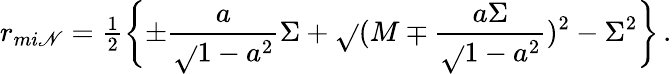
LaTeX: r_{mi\mathscr{N}}={\textstyle\frac{{1}}{{2}}}\biggl\{ \pm\frac{{a}}{{\sqrt{}{{1-a^{2}}}}}\Sigma+\sqrt{}{{(M\mp\frac{{a\Sigma}}{{\sqrt{}{{1-a^{2}}}}})^{2}-\Sigma^{2}}}\biggr\} \, .